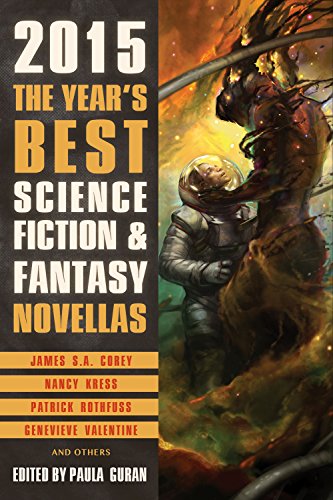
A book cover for The Year's Best Science Fiction & Fantasy Novellas 2015; Paula Guran; Science Fiction & Fantasy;